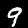
Digit: 9